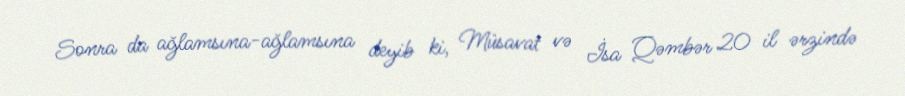
Sonra da ağlamsına-ağlamsına deyib ki, Müsavat və İsa Qəmbər 20 il ərzində